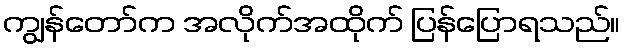
ကျွန်တော်က အလိုက်အထိုက် ပြန်ပြောရသည်။